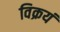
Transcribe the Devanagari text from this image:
विक्रयं